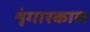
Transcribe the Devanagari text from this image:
शृंगारकाल